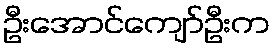
ဦးအောင်ကျော်ဦးက